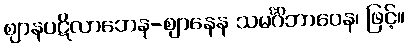
ဈာနပဋိလာဘေန-ဈာနေန သမင်္ဂိဘာဝေန၊ ဖြင့်။